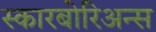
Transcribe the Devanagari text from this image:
स्कारबोरिअन्स